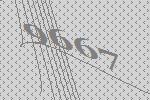
9667